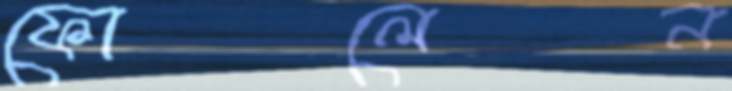
ফোলেন